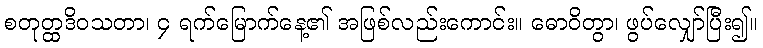
စတုတ္ထဒိဝသတာ၊ ၄ ရက်မြောက်နေ့၏ အဖြစ်လည်းကောင်း။ ဓောဝိတွာ၊ ဖွပ်လျှော်ပြီး၍။